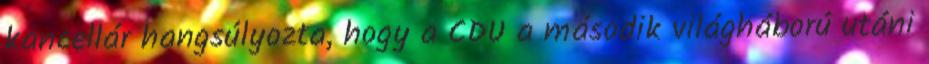
kancellár hangsúlyozta, hogy a CDU a második világháború utáni